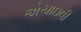
એચાઇવી